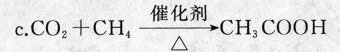
c.$$C O _ { 2 } + C H _ { 4 } \frac{}{\Delta}\rightarrow C H _ { 3 } C O 0 H$$